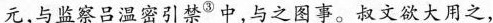
元，与监察吕温密引禁^{③}中，与之图事。叔文欲大用之，